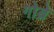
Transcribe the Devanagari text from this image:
गोब्रे